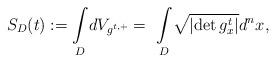
LaTeX: \begin{align*}S_{D}(t):=\underset{D}{\int }dV_{g^{t,+}}=~\underset{D}{\int }\sqrt{\left\vert \det g_{x}^{t}\right\vert }d^{n}x, \end{align*}